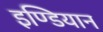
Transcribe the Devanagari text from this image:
इण्डियान